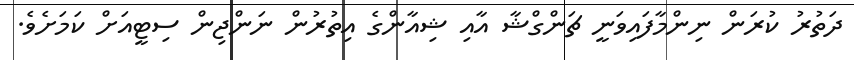
ދަތުރު ކުރަން ނިންމާފައިވަނީ ޗަންގްޝާ އާއި ޝިއާންގެ އިތުރުން ނަންޖިން ސިޓީއަށް ކަމަށެވެ.